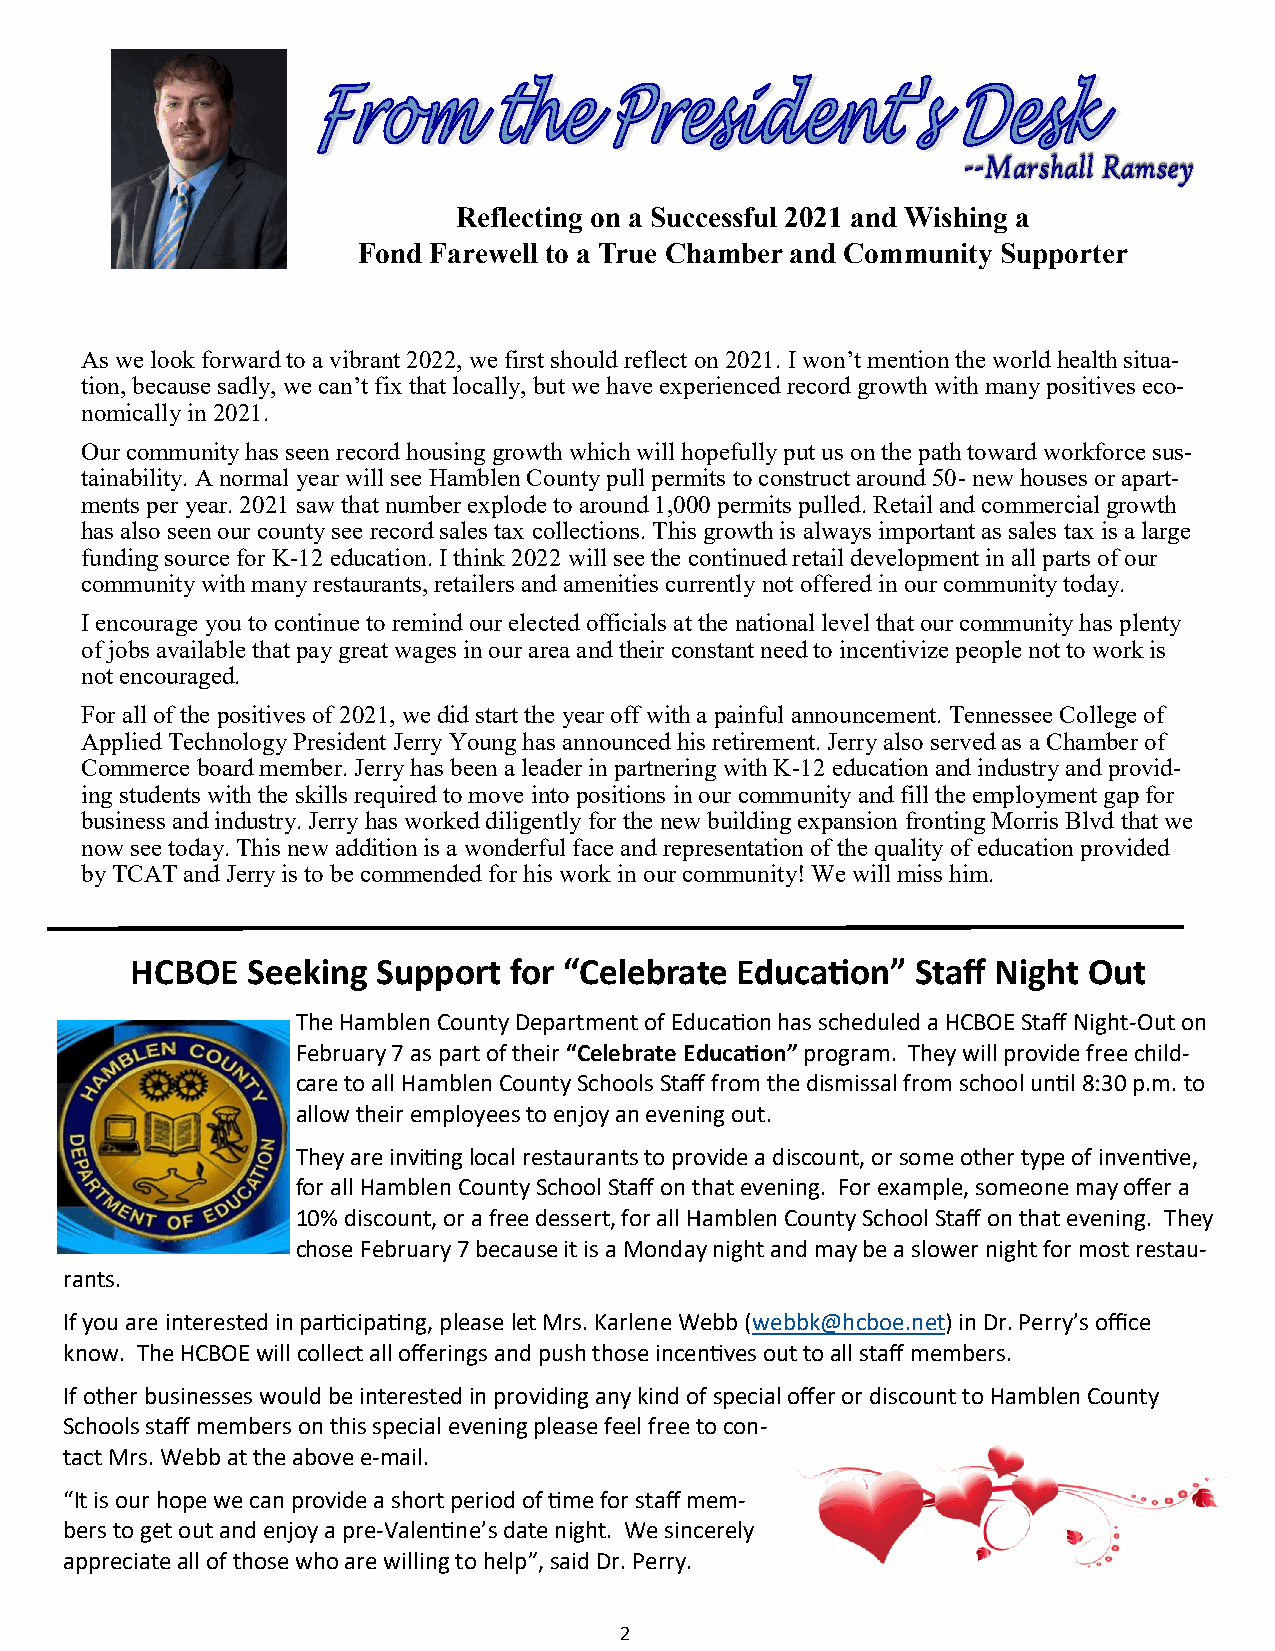
Reflecting on a Successful 2021 and Wishing a
 Fond Farewell to a True Chamber and Community Supporter
 As we look forward to a vibrant 2022, we first should reflect on 2021. I won’t mention the world health situa-
 tion, because sadly, we can’t fix that locally, but we have experienced record growth with many positives eco-
 nomically in 2021.
 Our community has seen record housing growth which will hopefully put us on the path toward workforce sus-
 tainability. A normal year will see Hamblen County pull permits to construct around 50- new houses or apart-
 ments per year. 2021 saw that number explode to around 1,000 permits pulled. Retail and commercial growth
 has also seen our county see record sales tax collections. This growth is always important as sales tax is a large
 funding source for K-12 education. I think 2022 will see the continued retail development in all parts of our
 community with many restaurants, retailers and amenities currently not offered in our community today.
 I encourage you to continue to remind our elected officials at the national level that our community has plenty
 of jobs available that pay great wages in our area and their constant need to incentivize people not to work is
 not encouraged.
 For all of the positives of 2021, we did start the year off with a painful announcement. Tennessee College of
 Applied Technology President Jerry Young has announced his retirement. Jerry also served as a Chamber of
 Commerce board member. Jerry has been a leader in partnering with K-12 education and industry and provid-
 ing students with the skills required to move into positions in our community and fill the employment gap for
 business and industry. Jerry has worked diligently for the new building expansion fronting Morris Blvd that we
 now see today. This new addition is a wonderful face and representation of the quality of education provided
 by TCAT and Jerry is to be commended for his work in our community! We will miss him.
 HCBOE  Seeking  Support  for “Celebrate Education”  Staff Night Out
 The Hamblen County Department of Education has scheduled a HCBOE Staff Night-Out on
 February 7 as part of their “Celebrate Education” program. They will provide free child-
 care to all Hamblen County Schools Staff from the dismissal from school until 8:30 p.m. to
 allow their employees to enjoy an evening out.
 They are inviting local restaurants to provide a discount, or some other type of inventive,
 for all Hamblen County School Staff on that evening. For example, someone may offer a
 10% discount, or a free dessert, for all Hamblen County School Staff on that evening. They
 chose February 7 because it is a Monday night and may be a slower night for most restau-
 rants.
 If you are interested in participating, please let Mrs. Karlene Webb (webbk@hcboe.net) in Dr. Perry’s office
 know. The HCBOE will collect all offerings and push those incentives out to all staff members.
 If other businesses would be interested in providing any kind of special offer or discount to Hamblen County
 Schools staff members on this special evening please feel free to con-
 tact Mrs. Webb at the above e-mail.
 “It is our hope we can provide a short period of time for staff mem-
 bers to get out and enjoy a pre-Valentine’s date night. We sincerely
 appreciate all of those who are willing to help”, said Dr. Perry.
 2